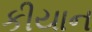
કીયાન